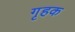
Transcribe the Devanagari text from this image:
गृहक